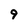
Character: 9